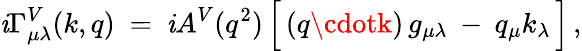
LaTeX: \mathit{i}\Gamma_{\mu\lambda}^{V}(k,q)\ =\ \mathit{i}A^{V}(q^{2})\, \Big[\, (q\cdotk)\, g_{\mu\lambda}\: -\: q_{\mu}k_{\lambda}\, \Big]\, ,